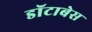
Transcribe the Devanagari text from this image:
डॉटाबेस